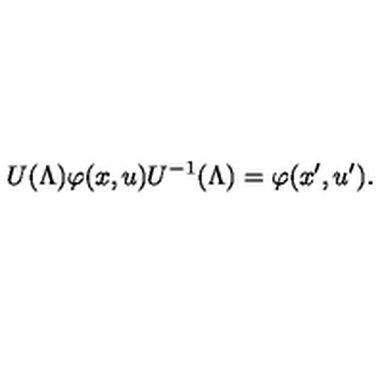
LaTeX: U ( \Lambda ) \varphi ( x , u ) U ^ { - 1 } ( \Lambda ) = \varphi ( x ^ { \prime } , u ^ { \prime } ) .